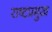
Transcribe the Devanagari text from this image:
राष्टप्रमुख